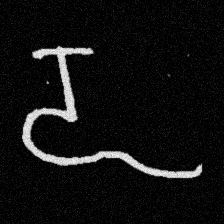
Pyu character \u2014 Myanmar letter: ဍ (romanized: dda)